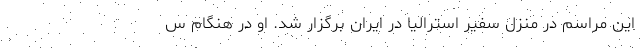
این مراسم در منزل سفیر استرالیا در ایران برگزار شد. او در هنگام س